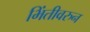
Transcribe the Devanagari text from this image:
भिंतीवरुन